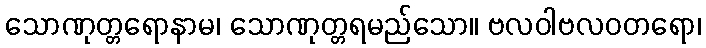
သောဏုတ္တရောနာမ၊ သောဏုတ္တရမည်သော။ ဗလဝါဗလဝတရော၊